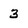
Character: 3